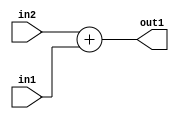
`timescale 1ps / 1ps
/*****************************************************************************
    Verilog RTL Description
    
    
    Created by: Stratus DpOpt 2019.1.01 
*******************************************************************************/

module st_feature_addr_gen_Add_16Ux1U_16U_4 (
	in2,
	in1,
	out1
	); /* architecture "behavioural" */ 
input [15:0] in2;
input  in1;
output [15:0] out1;
wire [15:0] asc001;

assign asc001 = 
	+(in2)
	+(in1);

assign out1 = asc001;
endmodule

/* CADENCE  ubH4Tww= : u9/ySgnWtBlWxVPRXgAZ4Og= ** DO NOT EDIT THIS LINE ******/